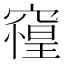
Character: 𰩘